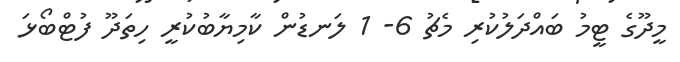
މީދޫގެ ޓީމު ބައްދަލުކުރި މެޗު 6- 1 ލަނޑުން ކާމިޔާބުކުރީ ހިތަދޫ ފުޓްބޯޅަ